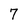
Character: 7